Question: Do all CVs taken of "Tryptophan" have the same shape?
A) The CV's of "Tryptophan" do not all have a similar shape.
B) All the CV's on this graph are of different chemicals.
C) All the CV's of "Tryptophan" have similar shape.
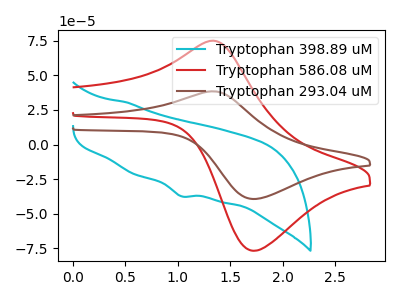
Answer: <think>The cyan curve "Tryptophan 398.89 uM" has a cathodic peak at: (1.05V, -37.40uA). The red curve "Tryptophan 586.08 uM" has an anodic peak at (1.30V, 75.00uA) and a cathodic peak at (1.70V, -76.80uA). The brown curve "Tryptophan 293.04 uM" has an anodic peak at (1.30V, 38.45uA) and a cathodic peak at (1.70V, -39.35uA).
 "Tryptophan 398.89 uM" and "Tryptophan 586.08 uM" have a different number of peaks. "Tryptophan 398.89 uM" and "Tryptophan 293.04 uM" have a different number of peaks. All the peaks in "Tryptophan 586.08 uM" have a peak in "Tryptophan 293.04 uM" at the same potential. Every peak in "Tryptophan 586.08 uM" is higher than every peak in "Tryptophan 293.04 uM".</think>
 <answer>C) All the CV's of "Tryptophan" have similar shape.</answer>
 <eval>C</eval>